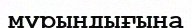
мұрындығына